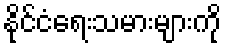
နိုင်ငံရေးသမားများကို